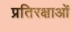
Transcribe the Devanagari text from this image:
प्रतिरक्षाओं